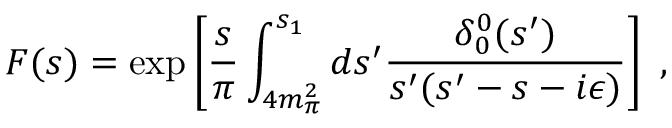
F ( s ) = \exp \left[ \frac { s } { \pi } \int _ { 4 m _ { \pi } ^ { 2 } } ^ { s _ { 1 } } d s ^ { \prime } \frac { \delta _ { 0 } ^ { 0 } ( s ^ { \prime } ) } { s ^ { \prime } ( s ^ { \prime } - s - i \epsilon ) } \right] \ ,